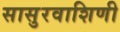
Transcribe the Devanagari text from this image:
सासुरवाशिणी